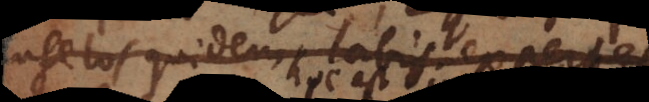
Angelos quidem labis expertes